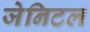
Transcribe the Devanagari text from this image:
जेनिटल